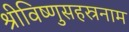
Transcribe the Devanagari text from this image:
श्रीविष्णुसहस्रनाम